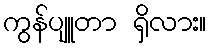
ကွန်ပျူတာ ရှိလား။